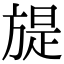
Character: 𣄍